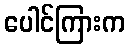
ပေါင်ကြားက